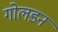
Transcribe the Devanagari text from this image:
गोलडन